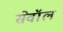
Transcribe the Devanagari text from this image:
सेवॉल